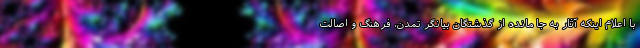
با اعلام اینکه آثار به جا مانده از گذشتگان بیانگر تمدن، فرهنگ و اصالت